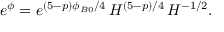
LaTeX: e ^ { \phi } = e ^ { ( 5 - p ) \phi _ { B 0 } / 4 } \, H ^ { ( 5 - p ) / 4 } \, H ^ { - 1 / 2 } .